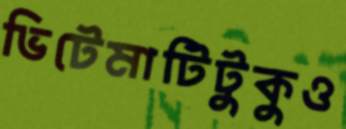
ভিটেমাটিটুকুও